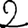
Digit: 2